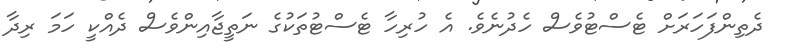
ދެތިންފަހަރަށް ޓެސްޓުވެސް ހެދުނެވެ. އެ ހުރިހާ ޓެސްޓުތަކުގެ ނަތީޖާއިންވެސް ދެއްކީ ހަމަ ރިދާ